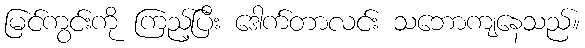
မြင်ကွင်းကို ကြည့်ပြီး ဒေါက်တာလင်း သဘောကျနေသည်။